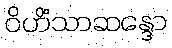
ဝိဟိံသာဆန္ဒော